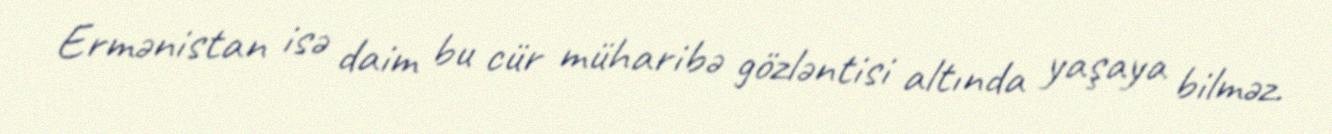
Ermənistan isə daim bu cür müharibə gözləntisi altında yaşaya bilməz.